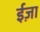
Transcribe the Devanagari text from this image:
ईज़ा